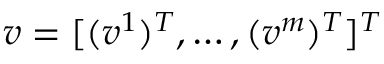
v = [ ( v ^ { 1 } ) ^ { T } , \dots , ( v ^ { m } ) ^ { T } ] ^ { T }